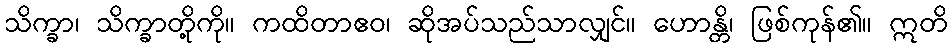
သိက္ခာ၊ သိက္ခာတို့ကို။ ကထိတာဧဝ၊ ဆိုအပ်သည်သာလျှင်။ ဟောန္တိ၊ ဖြစ်ကုန်၏။ ဣတိ